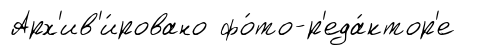
Арх'ив'и́ровано фо́то-р'еда́ктор'е